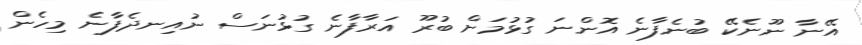
އޭނާ ނޫނެކޭ ބުނެފާނެ އޮންނަ ގުޅުމަށް ބުރޫ އަރާފާނެ ގުޅުނަސް ނުއިނދެފާނެ މިހެން